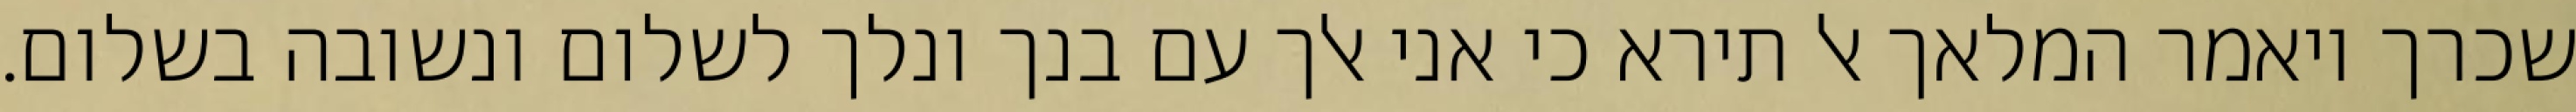
שכרך ויאמר המלאך אל תירא כי אני אלך עם בנך ונלך לשלום ונשובה בשלום.